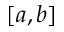
[ a , b ]